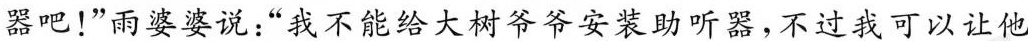
器吧！”雨婆婆说：“我不能给大树爷爷安装助听器，不过我可以让他